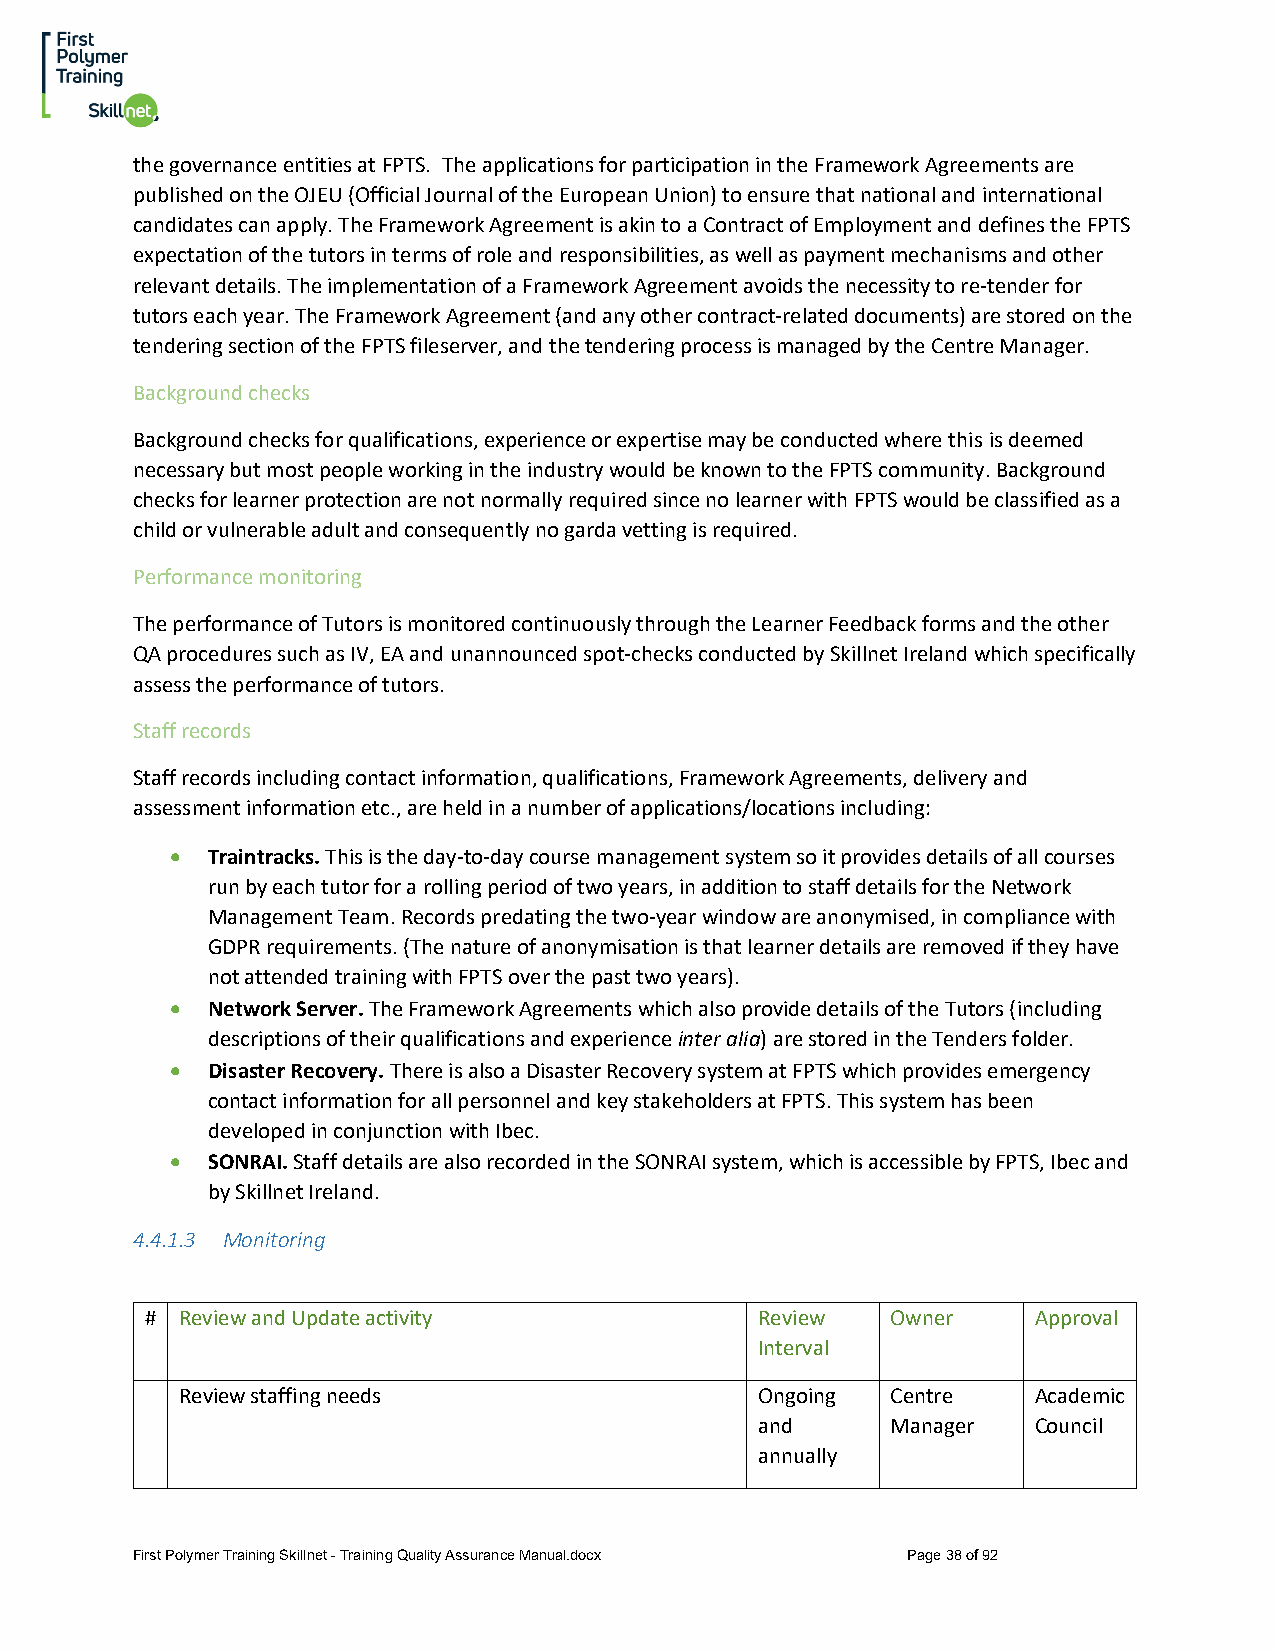
the governance entities at FPTS. The applications for participation in the Framework Agreements are
 published on the OJEU (Official Journal of the European Union) to ensure that national and international
 candidates can apply. The Framework Agreement is akin to a Contract of Employment and defines the FPTS
 expectation of the tutors in terms of role and responsibilities, as well as payment mechanisms and other
 relevant details. The implementation of a Framework Agreement avoids the necessity to re-tender for
 tutors each year. The Framework Agreement (and any other contract-related documents) are stored on the
 tendering section of the FPTS fileserver, and the tendering process is managed by the Centre Manager.
 Background checks
 Background checks for qualifications, experience or expertise may be conducted where this is deemed
 necessary but most people working in the industry would be known to the FPTS community. Background
 checks for learner protection are not normally required since no learner with FPTS would be classified as a
 child or vulnerable adult and consequently no garda vetting is required.
 Performance monitoring
 The performance of Tutors is monitored continuously through the Learner Feedback forms and the other
 QA procedures such as IV, EA and unannounced spot-checks conducted by Skillnet Ireland which specifically
 assess the performance of tutors.
 Staff records
 Staff records including contact information, qualifications, Framework Agreements, delivery and
 assessment information etc., are held in a number of applications/locations including:
 •  Traintracks. This is the day-to-day course management system so it provides details of all courses
 run by each tutor for a rolling period of two years, in addition to staff details for the Network
 Management Team. Records predating the two-year window are anonymised, in compliance with
 GDPR requirements. (The nature of anonymisation is that learner details are removed if they have
 not attended training with FPTS over the past two years).
 •  Network Server. The Framework Agreements which also provide details of the Tutors (including
 descriptions of their qualifications and experience inter alia) are stored in the Tenders folder.
 •  Disaster Recovery. There is also a Disaster Recovery system at FPTS which provides emergency
 contact information for all personnel and key stakeholders at FPTS. This system has been
 developed in conjunction with Ibec.
 •  SONRAI. Staff details are also recorded in the SONRAI system, which is accessible by FPTS, Ibec and
 by Skillnet Ireland.
 4.4.1.3 Monitoring
 # Review and Update activity            Review   Owner    Approval
 Interval
 Review staffing needs                 Ongoing  Centre   Academic
 and      Manager  Council
 annually
 First Polymer Training Skillnet - Training Quality Assurance Manual.docx Page 38 of 92